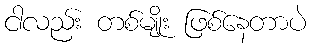
ငါလည်း တစ်မျိုး ဖြစ်နေတာပဲ